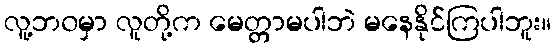
လူ့ဘ၀မှာ လူတို့က မေတ္တာမပါဘဲ မနေနိုင်ကြပါဘူး။